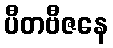
ပီတဗီဇနေ